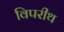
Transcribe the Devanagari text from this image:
विपरीथ